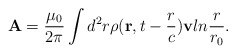
\begin{align*}{\bf A}={{\mu_0}\over{2\pi}}\int d^2r\rho({\bf r},t-{r\over c}){\bf v} ln{r\over{r_0}}.\end{align*}